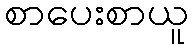
စာပေးစာယူ